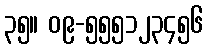
၃၅။ ၀၉-၅၅၅၁၂၃၄၅၆